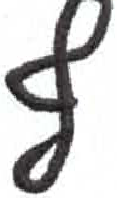
אות: ץ